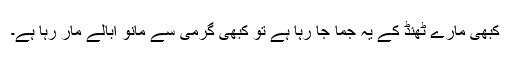
کبھی مارے ٹھنڈ کے یہ جما جا رہا ہے تو کبھی گرمی سے مانو اُبالے مار رہا ہے۔